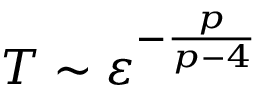
T \sim \varepsilon ^ { - \frac { p } { p - 4 } }